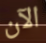
الآن